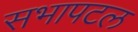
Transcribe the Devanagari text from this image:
सभापटल